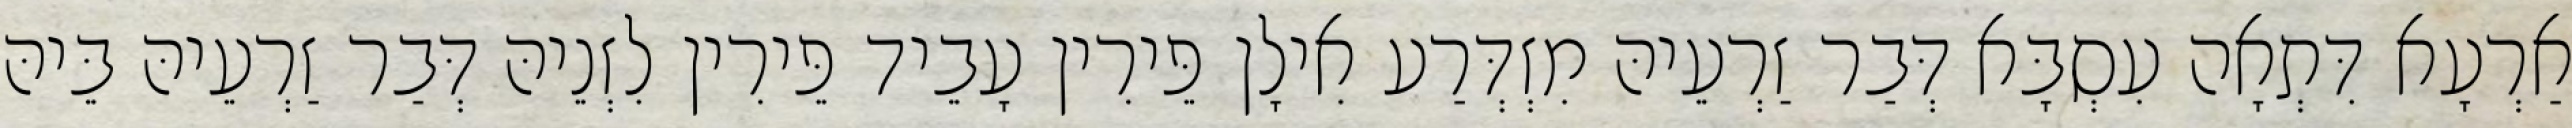
אַרְעָא דִּתְאָה עִסְבָּא דְּבַר זַרְעֵיהּ מִזְדְּרַע אִילָן פֵּירִין עָבֵיד פֵּירִין לִזְנֵיהּ דְּבַר זַרְעֵיהּ בֵּיהּ